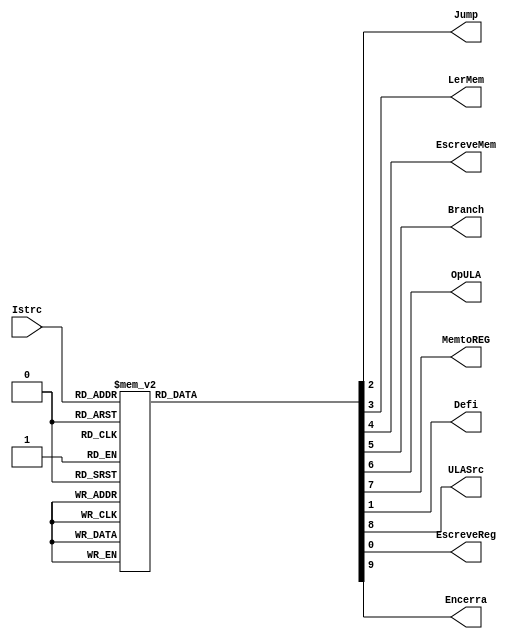
module Controle (
    input wire [7:5] Istrc,
    output wire Jump,
    output wire LerMem,
    output wire EscreveMem,
    output wire Branch,
    output wire OpULA,
    output wire MemtoREG,
    output wire Defi,
    output wire ULASrc,
    output wire EscreveReg,
    output wire Encerra
    );
    
    reg jump=0;
    reg lerMem=0;
    reg escreveMem=0;
    reg branch=0;
    reg opULA=0;
    reg memtoREG=0;
    reg defi=0;
    reg uLASrc=0;
    reg escreveReg=0;
    reg encerra=0;
    
    always@(Istrc)begin
        case (Istrc)
        3'b000: begin//instruction defi
            escreveReg = 1;
            defi = 1;
            jump=0;
            lerMem=0;
            escreveMem=0;
            branch=0;
            opULA=0;
            memtoREG=0;
            uLASrc=0;
            encerra=0;
        end
        8'b001: begin //instruction beq
            uLASrc = 1;
            branch = 1;
            escreveReg = 0;
            defi = 0;
            jump=0;
            lerMem=0;
            escreveMem=0;
            opULA=0;
            memtoREG=0;
            encerra=0;
        end
        8'b011: begin //instruction sw
            escreveMem = 1;
            uLASrc = 0;
            branch = 0;
            escreveReg = 0;
            defi = 0;
            jump=0;
            lerMem=0;
            opULA=0;
            memtoREG=0;
            encerra=0;
        end
        8'b010: begin //instruction lw
            escreveReg = 1;
            memtoREG = 1;
            lerMem = 1;
            escreveMem = 0;
            uLASrc = 0;
            branch = 0;
            defi = 0;
            jump=0;
            opULA=0;
            encerra=0;
        end
        8'b100: begin //instruction mul
            escreveReg = 1;
            uLASrc = 1;
            opULA = 1;
            escreveMem = 0;
            branch = 0;
            defi = 0;
            jump=0;
            lerMem=0;
            memtoREG=0;
            encerra=0;
        end
        8'b101: begin //instruction subi
            escreveReg = 1;
            escreveMem = 0;
            uLASrc = 0;
            branch = 0;
            defi = 0;
            jump=0;
            lerMem=0;
            opULA=0;
            memtoREG=0;
            encerra=0;
        end
        8'b110: begin //instruction j
            jump = 1;
            escreveReg = 0;
            escreveMem = 0;
            uLASrc = 0;
            branch = 0;
            defi = 0;
            lerMem=0;
            opULA=0;
            memtoREG=0;
            encerra=0;
        end
        8'b111: begin//instruction encerra
            encerra = 1;
            jump = 0;
            escreveReg = 0;
            escreveMem = 0;
            uLASrc = 0;
            branch = 0;
            defi = 0;
            lerMem=0;
            opULA=0;
            memtoREG=0;
        end
        default: begin 
            jump=1'bX;
            lerMem=1'bX;
            escreveMem=1'bX;
            branch=1'bX;
            opULA=1'bX;
            memtoREG=1'bX;
            defi=1'bX;
            uLASrc=1'bX;
            escreveReg=1'bX;
        end
        endcase
    end

    assign Jump = jump;
    assign LerMem = lerMem;
    assign EscreveMem = escreveMem;
    assign Branch = branch;
    assign OpULA = opULA;
    assign MemtoREG = memtoREG;
    assign Defi = defi;
    assign ULASrc = uLASrc;
    assign EscreveReg = escreveReg;
    assign Encerra = encerra;

endmodule